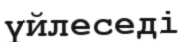
үйлеседі